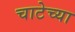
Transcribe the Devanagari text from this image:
चाटेच्या